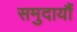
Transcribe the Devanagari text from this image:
समुदायौं